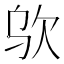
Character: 𰙋